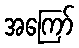
အကြော်